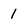
Character: I